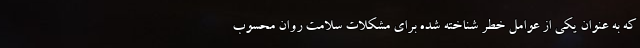
که به عنوان یکی از عوامل خطر شناخته شده برای مشکلات سلامت روان محسوب